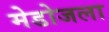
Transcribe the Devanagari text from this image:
मेडोजला